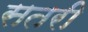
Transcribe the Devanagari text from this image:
सतरी